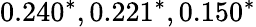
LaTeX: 0.240^{*},0.221^{*},0.150^{*}